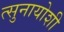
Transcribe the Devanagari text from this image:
त्सुनायोशी